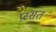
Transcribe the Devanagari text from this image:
प्रस्सत